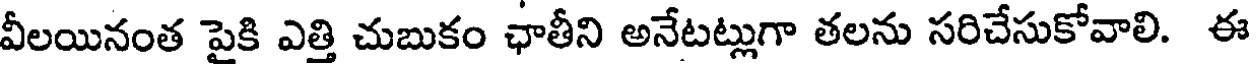
వీలయినంత పైకి ఎత్తి చుబుకం ఛాతీని అనేటట్లుగా తలను సరిచేసుకోవాలి. ఈ